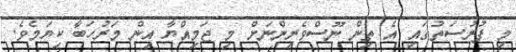
މި ފުރުސަތުގައި އެ ތިން ނޫސްވެރިންނަށް މި ޖަމިއްޔާ އިން މަރުހަބާ ކިޔަމެވެ.